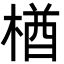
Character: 楢